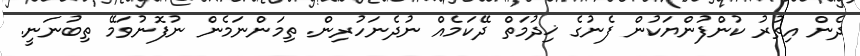
ދެން އިތުރު ކުންފުންޔަކުން ފެނުގެ ޚިދުމަތް ދޭކަމެއް ނުދެނަހުރިން. ތިމަންނަމެން ނުފޮނުވަމޭ ތިބުނަނީ.